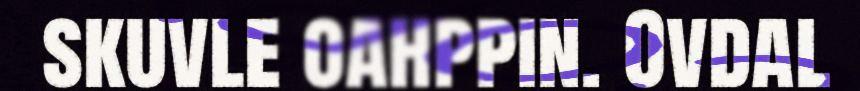
skuvle oahppin. Ovdal